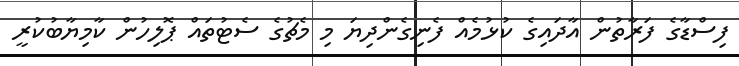
ފިސްޑާގެ ފަރާތުން އާދައިގެ ކުޅުމެއް ފެނިގެންދިޔަ މި މެޗުގެ ސެޓުތައް ޕޮލިހުން ކާމިޔާބުކުރީ